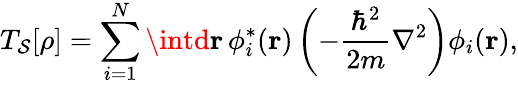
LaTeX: T_{\mathcal{S}}[\rho]=\sum_{i=1}^{N}\intd\mathbf{{r}}\, \phi_{i}^{*}(\mathbf{{r}})\left(-{\frac{{\hbar^{2}}}{{2m}}}\nabla^{2}\right)\phi_{i}(\mathbf{{r}}),